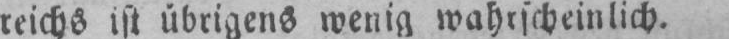
wenig wahrscheinlich.